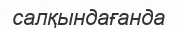
салқындағанда